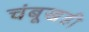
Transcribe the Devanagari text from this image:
चंबूखडी